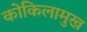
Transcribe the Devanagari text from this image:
कोकिलामुख